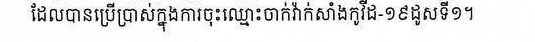
ដែលបានប្រើប្រាស់ក្នុងការចុះឈ្មោះចាក់វ៉ាក់សាំងកូវីដ-១៩ ដូសទី១។